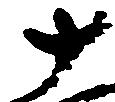
十